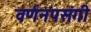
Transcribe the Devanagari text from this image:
वर्णनपसंगी